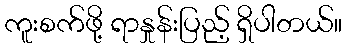
ကူးစက်ဖို့ ရာနှုန်းပြည့် ရှိပါတယ်။